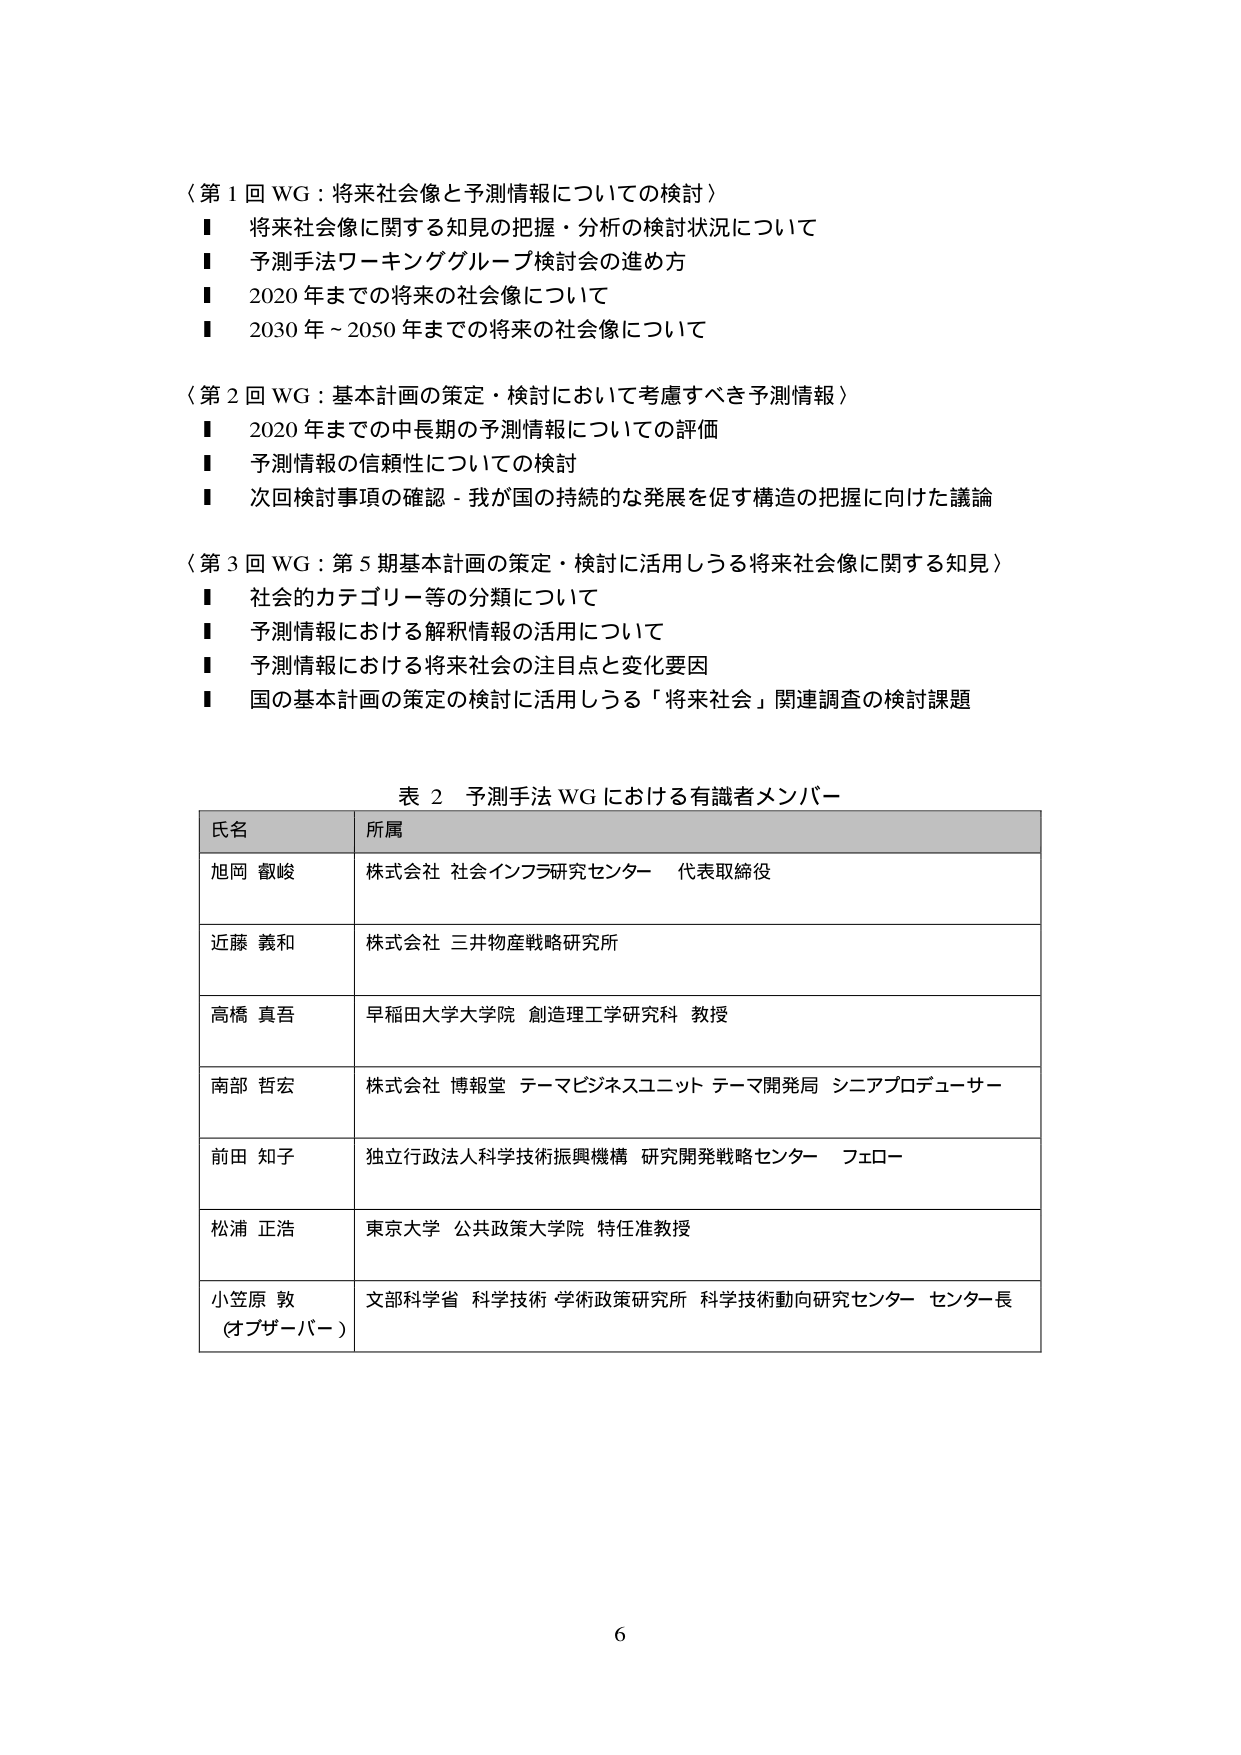
〈第１回 WG：将来社会像と予測情報についての検討〉
■ 将来社会像に関する知見の把握・分析の検討状況について
■ 予測手法ワーキンググループ検討会の進め方
■ 2020年までの将来の社会像について
■ 2030年～2050年までの将来の社会像について

〈第２回 WG：基本計画の策定・検討において考慮すべき予測情報〉
■ 2020年までの中長期の予測情報についての評価
■ 予測情報の信頼性についての検討
■ 次回検討事項の確認－我が国の持続的な発展を促す構造の把握に向けた議論

〈第３回 WG：第５期基本計画の策定・検討に活用しうる将来社会像に関する知見〉
■ 社会的カテゴリー等の分類について
■ 予測情報における解釈情報の活用について
■ 予測情報における将来社会の注目点と変化要因
■ 国の基本計画の策定の検討に活用しうる「将来社会」関連調査の検討課題

表２ 予測手法WGにおける有識者メンバー

氏名 所属
旭岡 徹峻 株式会社 社会インフラ研究センター 代表取締役
近藤 義和 株式会社 三井物産戦略研究所
高橋 真吾 早稲田大学大学院 創造理工学研究科 教授
南部 哲宏 株式会社 博報堂 テーマビジネスユニット テーマ開発局 シニアプロデューサー
前田 知子 独立行政法人科学技術振興機構 研究開発戦略センター フェロー
松浦 正浩 東京大学 公共政策大学院 特任准教授
小笠原 敦 文部科学省 科学技術 学術政策研究所 科学技術動向研究センター センター長
（オブザーバー）

6